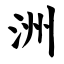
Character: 洲